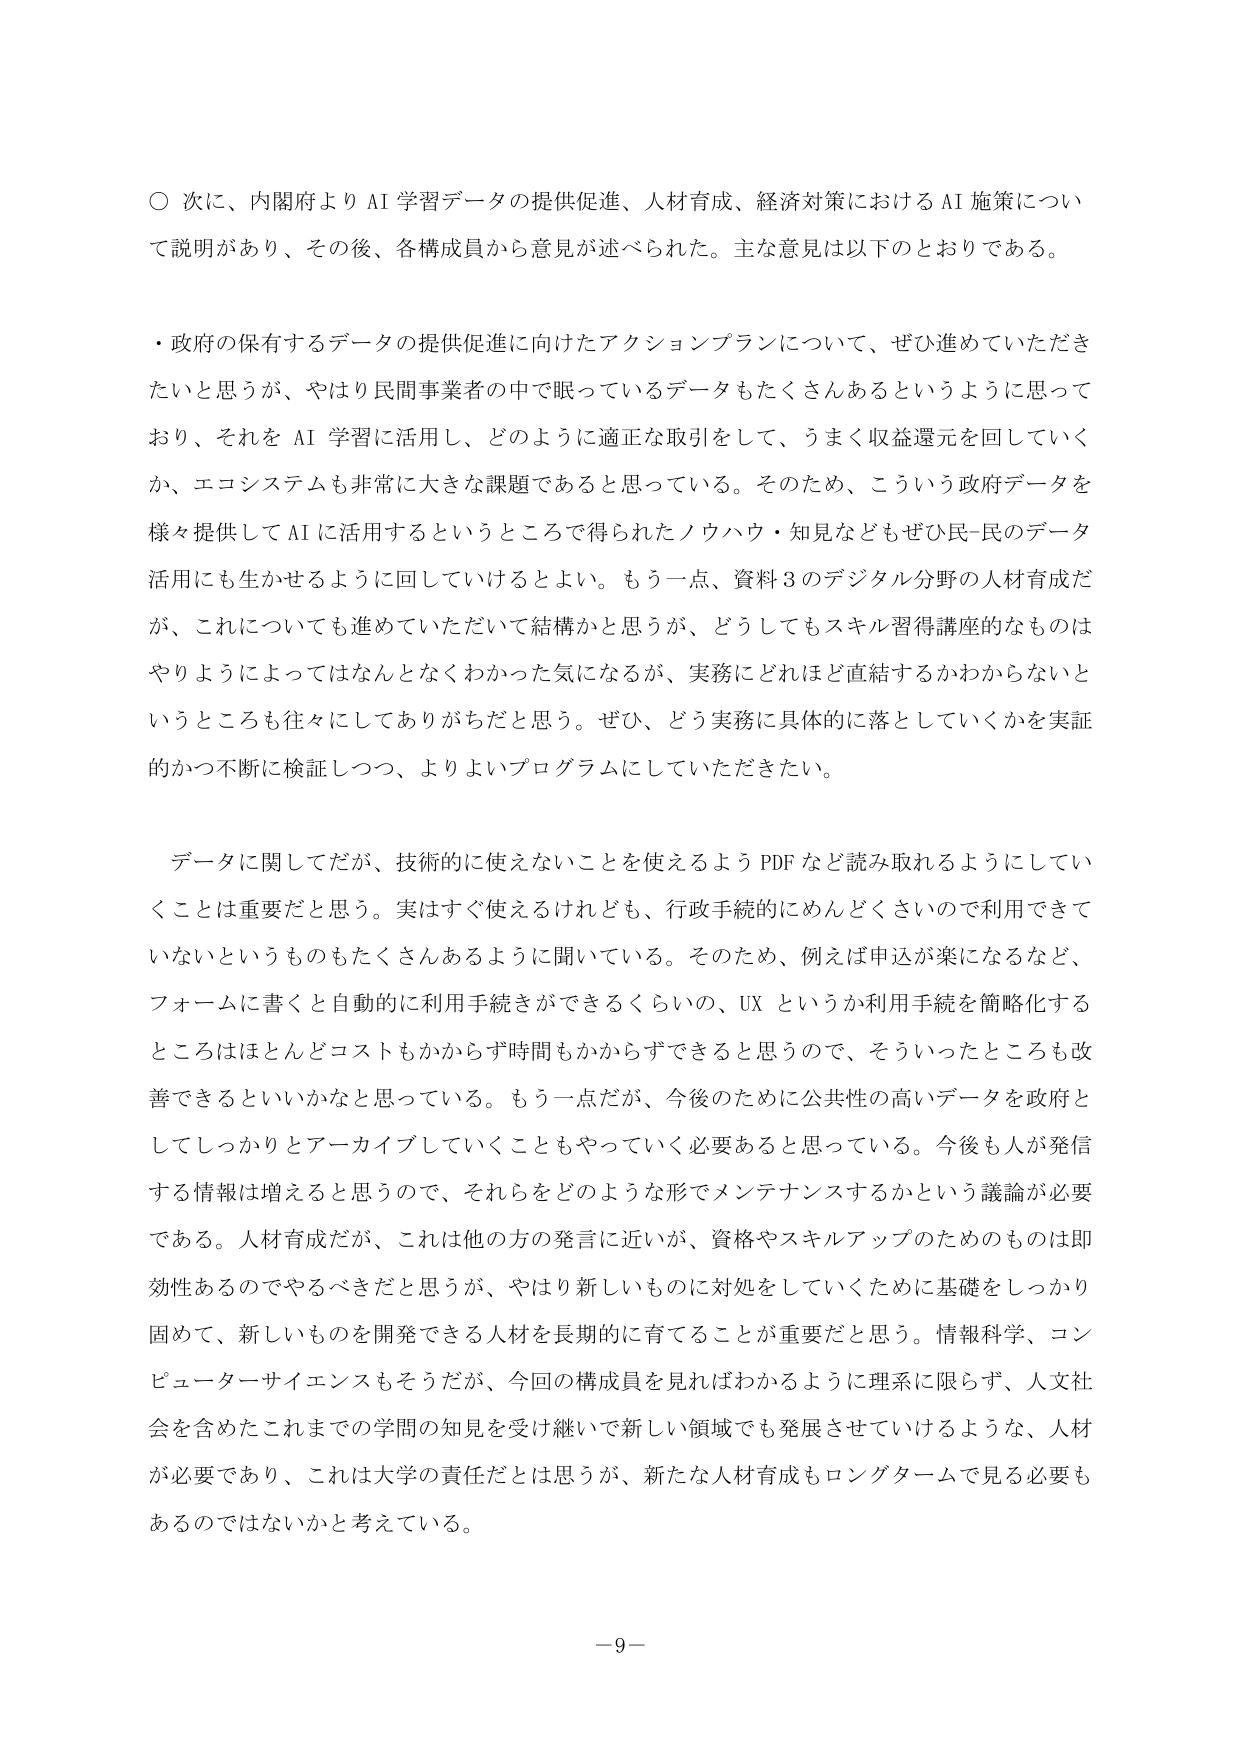
○ 次に、内閣府より AI 学習データの提供促進、人材育成、経済対策における AI 施策について説明があり、その後、各構成員から意見が述べられた。主な意見は以下のとおりである。

・政府の保有するデータの提供促進に向けたアクションプランについて、ぜひ進めていただきたいと思うが、やはり民間事業者の中で眠っているデータもたくさんあるというように思っており、それを AI 学習に活用し、どのように適正な取引をして、うまく収益還元を回していくか、エコシステムも非常に大きな課題であると思っている。そのため、こういう政府データを様々提供して AI に活用するというところで得られたノウハウ・知見などもぜひ民-民のデータ活用にも生かせるように回していけるとよい。もう一点、資料3のデジタル分野の人材育成だが、これについても進めていただいて結構かと思うが、どうしてもスキル習得講座的なものはやりようによってはなんとなくわかった気になるが、実務にどれほど直結するかわからないというところも往々にしてありがちだと思う。ぜひ、どう実務に具体的に落としていくかを実証的かつ不断に検証しつつ、よりよいプログラムにしていただきたい。

データに関してだが、技術的に使えないことを使えるよう PDF など読み取れるようにしていくことは重要だと思う。実はすぐ使えるけれども、行政手続的にめんどくさいので利用できていないというのもたくさんあるように聞いている。そのため、例えば申込が楽になるなど、フォームに書くと自動的に利用手続きができるくらいの、UX というか利用手続を簡略化するところはほとんどコストもかからず時間もかからずできると思うので、そういったところも改善できるといいかなと思っている。もう一点だが、今後のために公共性の高いデータを政府としてしっかりとアーカイブしていくこともやっていく必要あると思っている。今後も人が発信する情報は増えると思うので、それらをどのような形でメンテナンスするかという議論が必要である。人材育成だが、これは他の方の発言に近いが、資格やスキルアップのためのものは即効性あるのでやるべきだと思うが、やはり新しいものに対処をしていくために基礎をしっかり固めて、新しいものを開発できる人材を長期的に育てることが重要だと思う。情報科学、コンピューターサイエンスもそうだが、今回の構成員を見ればわかるように理系に限らず、人文社会を含めたこれまでの学問の知見を受け継いで新しい領域でも発展させていけるような、人材が必要であり、これは大学の責任だとは思うが、新たな人材育成もロングタームで見る必要もあるのではないかと考えている。

—9—